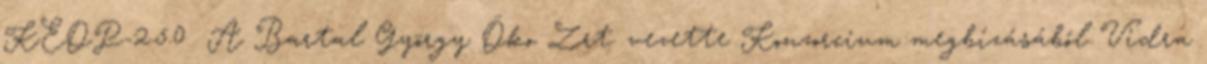
KEOP-2.5.0 A Bartal György Öko Zrt. vezette Konzorcium megbízásából Vidra